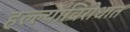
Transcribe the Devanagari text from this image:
हल्ल्यांविरोधात